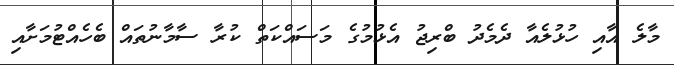
މާލެ އާއި ހުޅުލެއާ ދެމެދު ބްރިޖު އެޅުމުގެ މަސައްކަތް ކުރާ ސާމާނުތައް ބެހެއްޓުމަށާއި